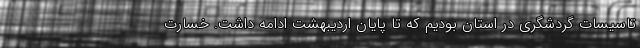
تاسیسات گردشگری در استان بودیم که تا پایان اردیبهشت ادامه داشت. خسارت